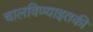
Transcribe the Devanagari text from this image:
चालविण्याइतकी